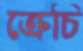
ক্রেচি